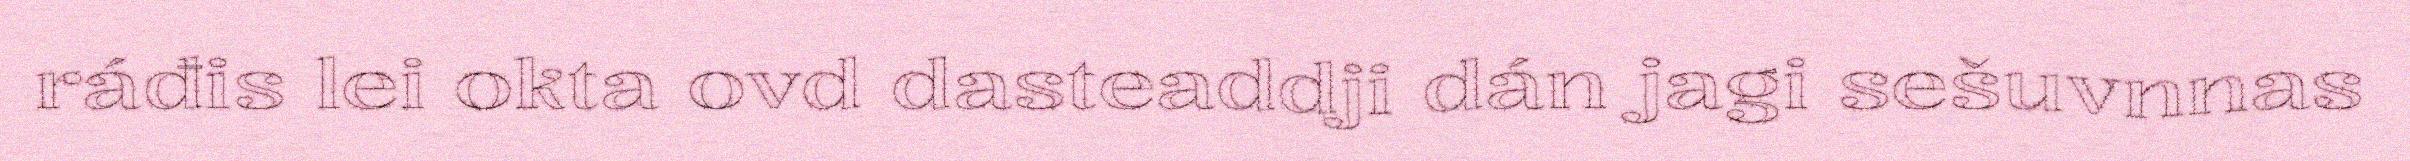
ráđis lei okta ovd dasteaddji dán jagi sešuvnnas